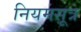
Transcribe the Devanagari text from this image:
नियमसूत्र